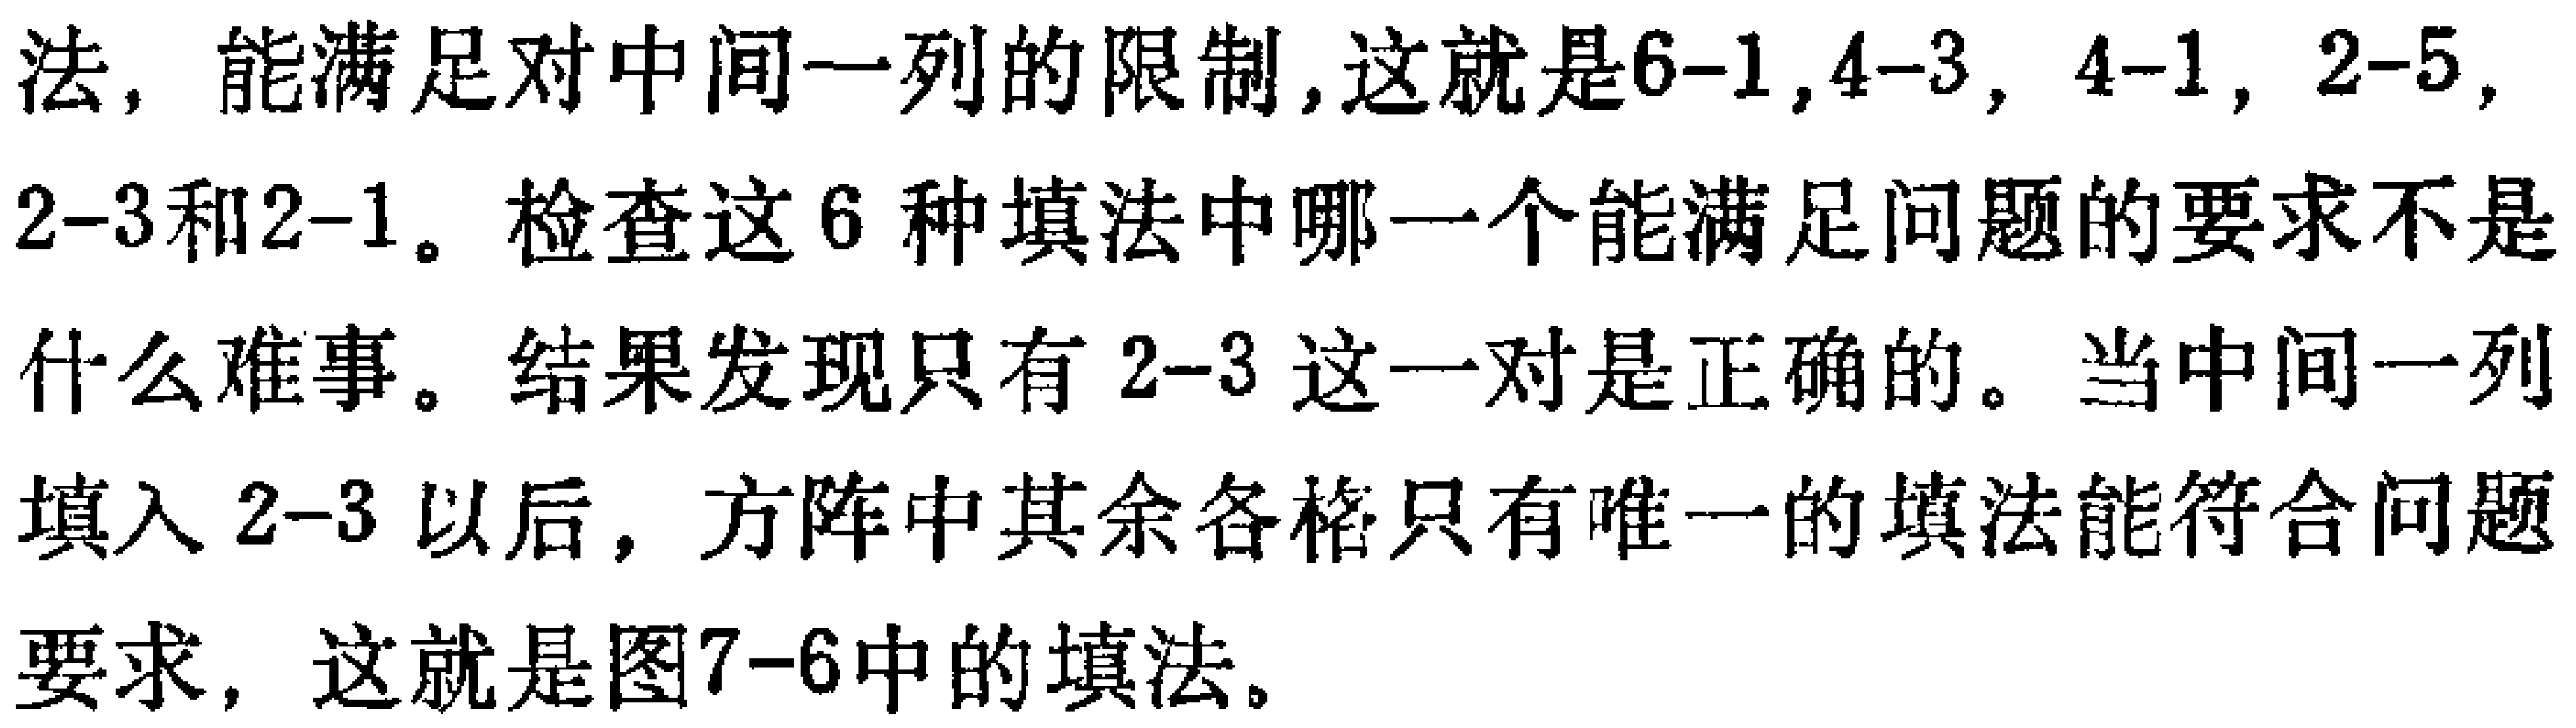
法，能满足对中间一列的限制,这就是6-1,4-3，4-1，2-5，2-3和2-1。检查这6种填法中哪一个能满足问题的要求不是什么难事。结果发现只有2-3这一对是正确的。当中间一列填入2-3以后，方阵中其余各格只有唯一的填法能符合问题要求，这就是图7-6中的填法。